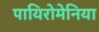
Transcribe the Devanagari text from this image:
पायिरोमेनिया